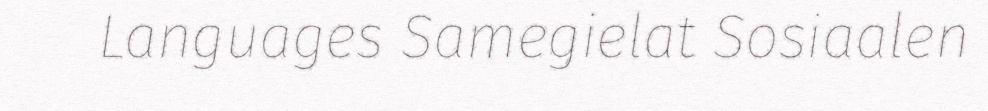
Languages Samegielat Sosiaalen